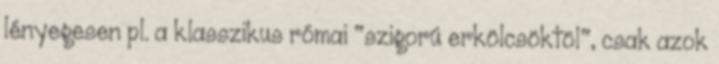
lényegesen pl. a klasszikus római "szigorú erkölcsöktöl", csak azok